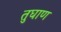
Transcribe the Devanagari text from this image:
तुघाण